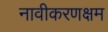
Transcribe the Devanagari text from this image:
नावीकरणक्षम